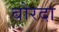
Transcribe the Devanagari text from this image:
बोरदा